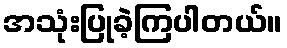
အသုံးပြုခဲ့ကြပါတယ်။